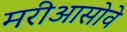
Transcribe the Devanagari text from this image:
मरीआसोवे